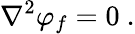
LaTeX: \nabla^{2}\varphi_{f}=0\ .